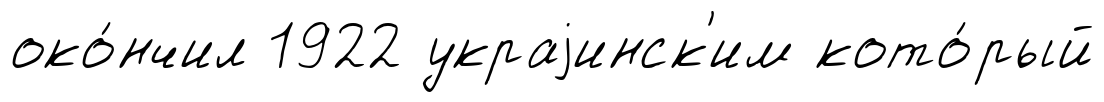
око́нчил 1922 украjинск'им кото́рый